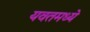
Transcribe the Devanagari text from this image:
यवतमध्ये